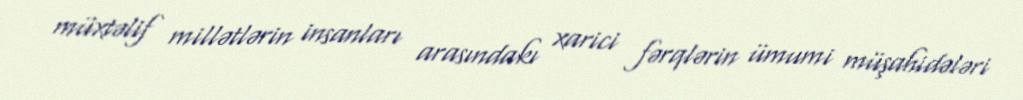
müxtəlif millətlərin insanları arasındakı xarici fərqlərin ümumi müşahidələri